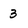
Character: 3